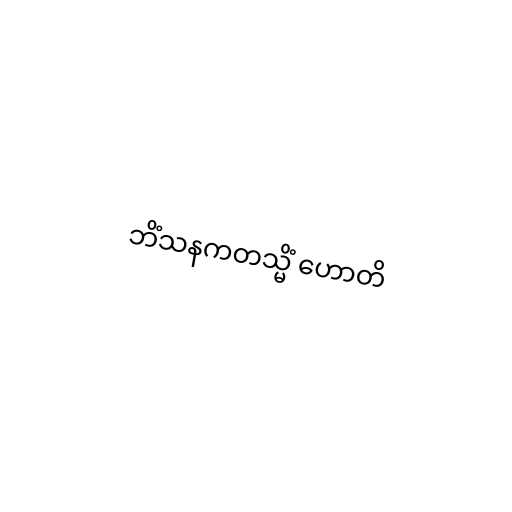
ဘိံသနကတသ္မိံ ဟောတိ